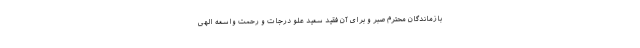
بازماندگان محترم صبر و برای آن فقید سعید علو درجات و رحمت واسعه الهی